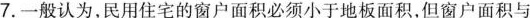
7.一般认为，民用住宅的窗户面积必须小于地板面积，但窗户面积与